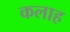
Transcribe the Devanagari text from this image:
कलाह